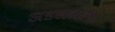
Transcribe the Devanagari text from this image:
अडखळल्या